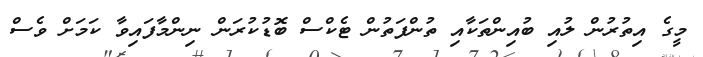
މީގެ އިތުރުން ލުއި ބުއިންތަކާއި ތުންފަތުން ޓެކްސް ބޮޑުކުރަން ނިންމާފައިވާ ކަމަށް ވެސް